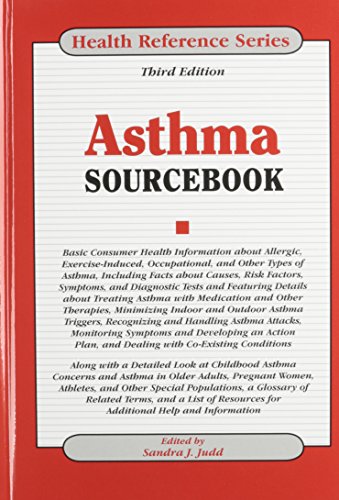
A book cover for Asthma Sourcebook; Health, Fitness & Dieting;